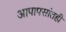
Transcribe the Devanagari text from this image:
आपापसांतही